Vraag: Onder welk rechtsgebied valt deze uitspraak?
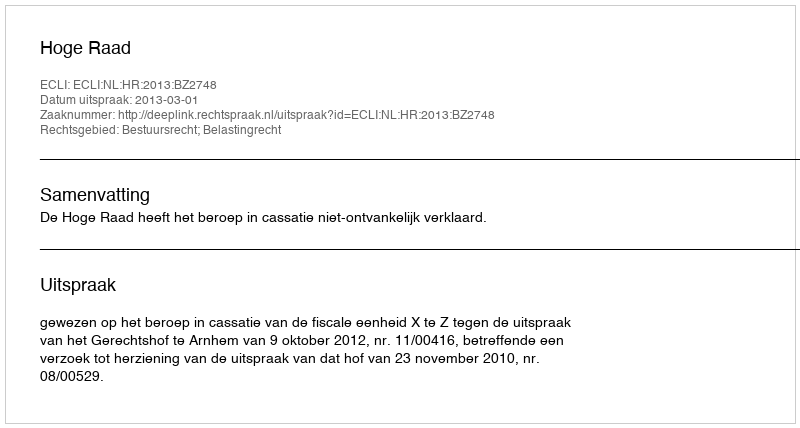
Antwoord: Bestuursrecht; Belastingrecht